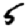
Digit: 5